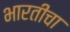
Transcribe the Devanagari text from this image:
भारतीचा